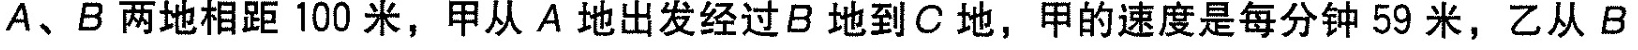
A、B两地相距100米，甲从A地出发经过B地到C地，甲的速度是每分钟59米，乙从B